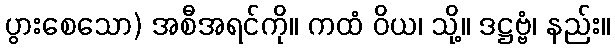
ပွားစေသော) အစီအရင်ကို။ ကထံ ဝိယ၊ သို့။ ဒဋ္ဌဗ္ဗံ၊ နည်း။